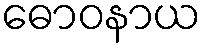
ဓောဝနာယ